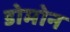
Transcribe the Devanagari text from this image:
डोमोन